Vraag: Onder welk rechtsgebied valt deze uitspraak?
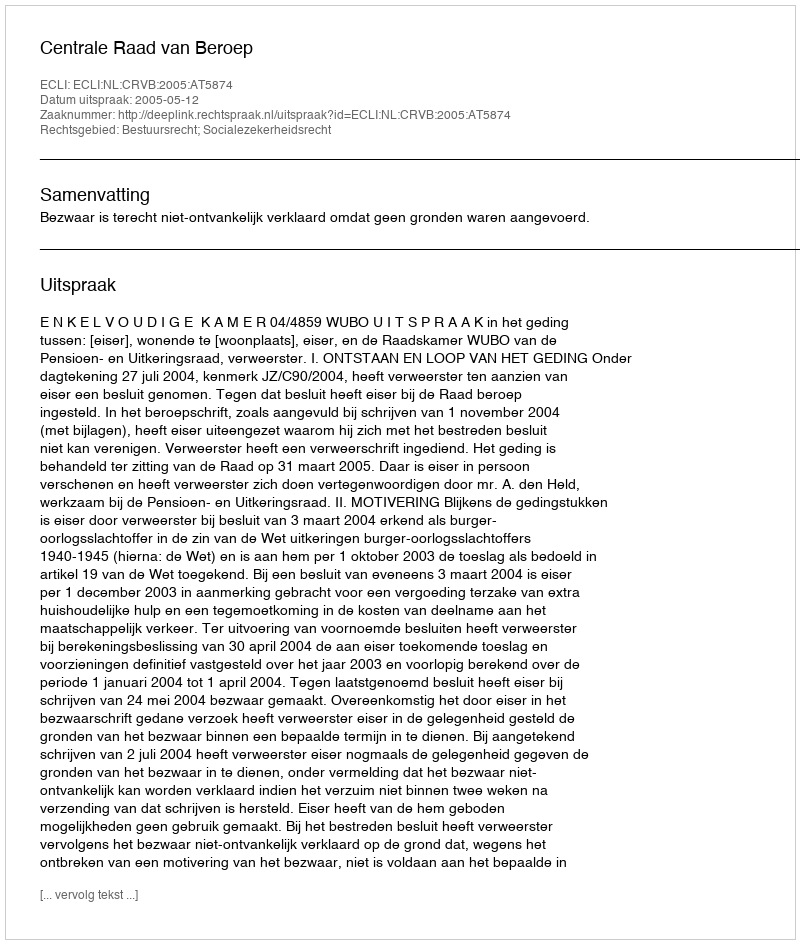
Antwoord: Bestuursrecht; Socialezekerheidsrecht